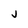
Character: J